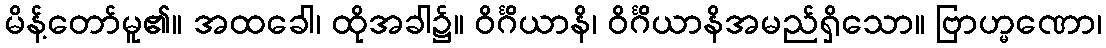
မိန့်တော်မူ၏။ အထခေါ၊ ထိုအခါ၌။ ဝိင်္ဂိယာနိ၊ ဝိင်္ဂိယာနိအမည်ရှိသော။ ဗြာဟ္မဏော၊